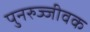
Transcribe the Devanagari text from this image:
पुनरुज्जीवक